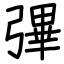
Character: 彃